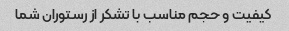
کیفیت و حجم مناسب با تشکر از رستوران شما